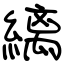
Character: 縭